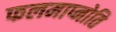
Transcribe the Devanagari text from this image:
फलमाप्नोति